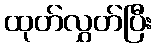
ထုတ်လွှတ်ပြီး